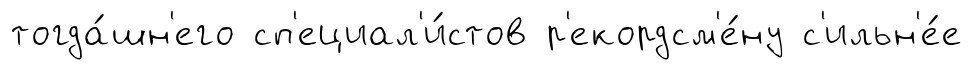
тогда́шн'его сп'ециал'и́стов р'екордсм'е́ну с'ильн'е́е